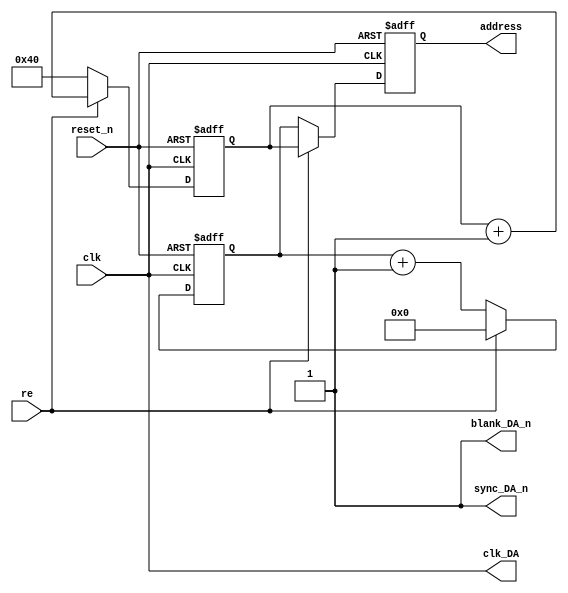
module Controller(
			clk,
			reset_n,
			re,
				
			address,
			clk_DA,
			blank_DA_n,
			sync_DA_n

);

	input            clk         ;
	input            reset_n     ;
	input 			  re			  ; 			//
	
	output [ 6 : 0 ] address     ;
	output           clk_DA      ; //
	output           blank_DA_n  ; //
	output           sync_DA_n   ; //
	
	
	reg    [ 6 : 0 ] address_data;
	reg    [ 6 : 0 ] count;
	reg    [ 6 : 0 ] countt;
	reg				  flag;
	
	
	always @( posedge clk or negedge reset_n )
	begin
	if( !reset_n )
	begin
		address_data <= 7'b0000000;
		count <= 7'b0;
		countt <= 7'b1000000;
	end
	else 
	begin 
		if( !re )
		begin
			if ( count == 7'b1111111 )
				count <= 0;	
			count <= count + 1'b1;
			address_data <= count;
			countt <= 7'b1000000;
		end
		else
		begin
			if ( countt == 7'b1111111 )
				countt <= 0;
			countt <= countt + 1'b1;
			address_data <= countt;
			count <= 7'b0;
		end
	end
	end


	

	assign address    = address_data;
	assign clk_DA     = clk;
	assign blank_DA_n = 1'b1;
	assign sync_DA_n  = 1'b1;
	
endmodule